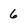
Character: 6